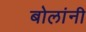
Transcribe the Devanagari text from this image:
बोलांनी